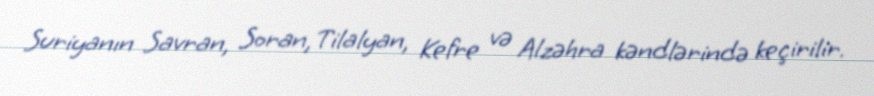
Suriyanın Savran, Soran, Tilalyan, Kefre və Alzəhra kəndlərində keçirilir.